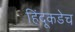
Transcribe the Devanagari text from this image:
हिंदूकडेच